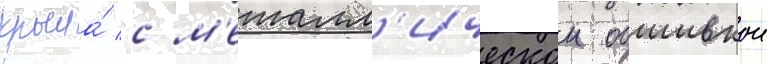
крыла́ с м'еталл'ическои обшивкои